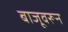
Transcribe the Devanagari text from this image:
बाजूवरून